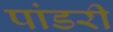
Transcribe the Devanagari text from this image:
पांडरी